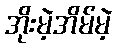
အိုးမဲ့အိမ်မဲ့